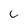
Character: c